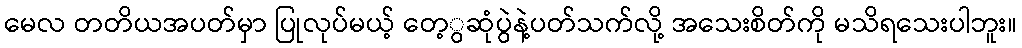
မေလ တတိယအပတ်မှာ ပြုလုပ်မယ့် တေ့ွဆုံပွဲနဲ့ပတ်သက်လို့ အသေးစိတ်ကို မသိရသေးပါဘူး။